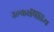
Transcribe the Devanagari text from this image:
उल्कापिंडिय